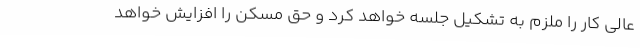
عالی کار را ملزم به تشکیل جلسه خواهد کرد و حق مسکن را افزایش خواهد